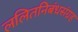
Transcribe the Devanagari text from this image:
ललितनिबंधसंग्रह